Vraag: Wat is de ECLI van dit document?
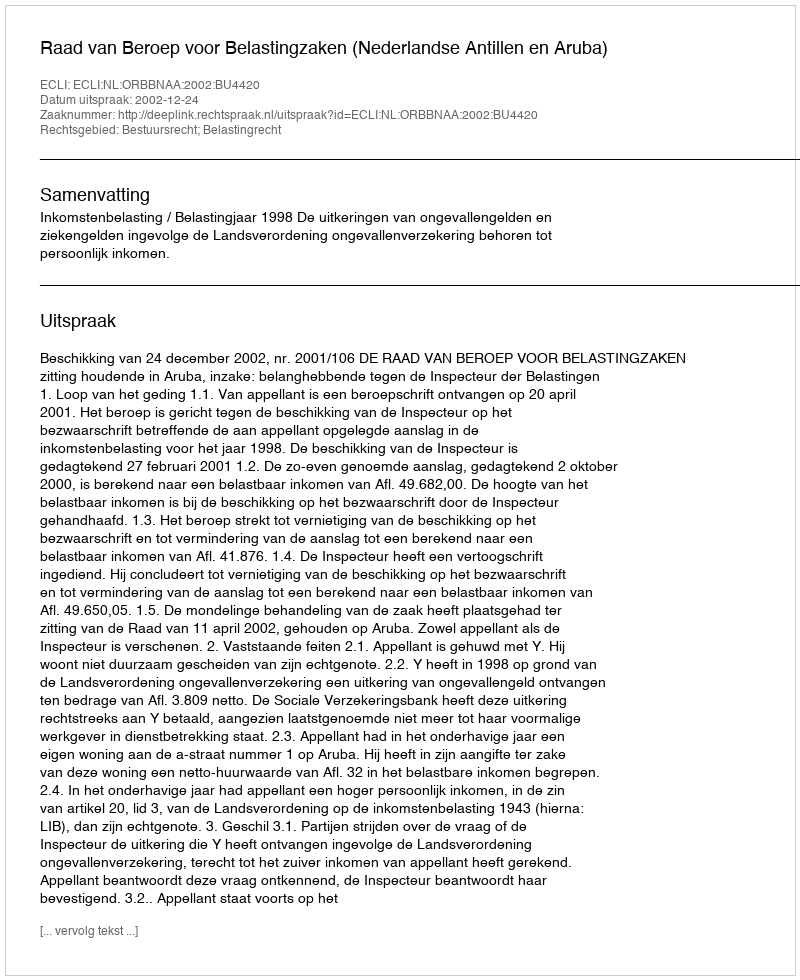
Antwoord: ECLI:NL:ORBBNAA:2002:BU4420